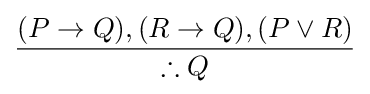
{\frac {(P\to Q),(R\to Q),(P\lor R)}{\therefore Q}}